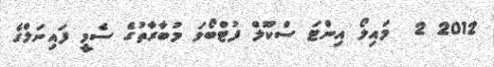
2012 2  މައިލޯ އިންޓަ ސްކޫލް ފުޓްބޯޅަ މުބާރާތުގެ ސެމީ ފައިނަލްގެ